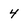
Character: 4